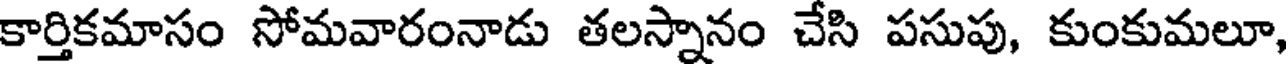
కార్తికమాసం సోమవారంనాడు తలస్నానం చేసి పసుపు, కుంకుమలూ,